Document type: Emphyteutic lease
Year: 1295
Scribe: Pere de Noguera, prevere
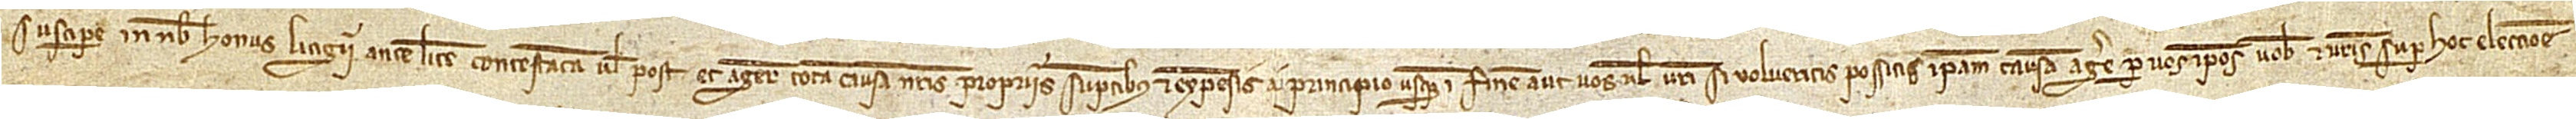
suscipere in nobis honus litigii ante litem contestatam vel post, et agere totam causam nostris propriis sumptibus et expensis a principio usque in finem, aut vos vel vestri si volueritis possitis ipsam causam agere per vos, ipsos vobis et vestris super hoc eleccione